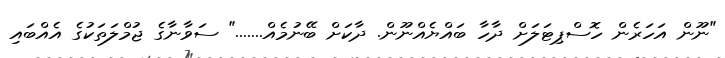
"ނޫން އަހަރެން ހޮސްޕިޓަލަށް ދާހާ ބައްޔެއްނޫން. ދާކަށް ބޭނުމެއް......." ސަވާނާގެ ޖުމްލަތަކުގެ އެއްބައި